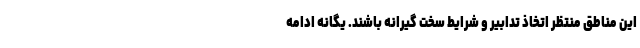
این مناطق منتظر اتخاذ تدابیر و شرایط سخت گیرانه باشند. یگانه ادامه